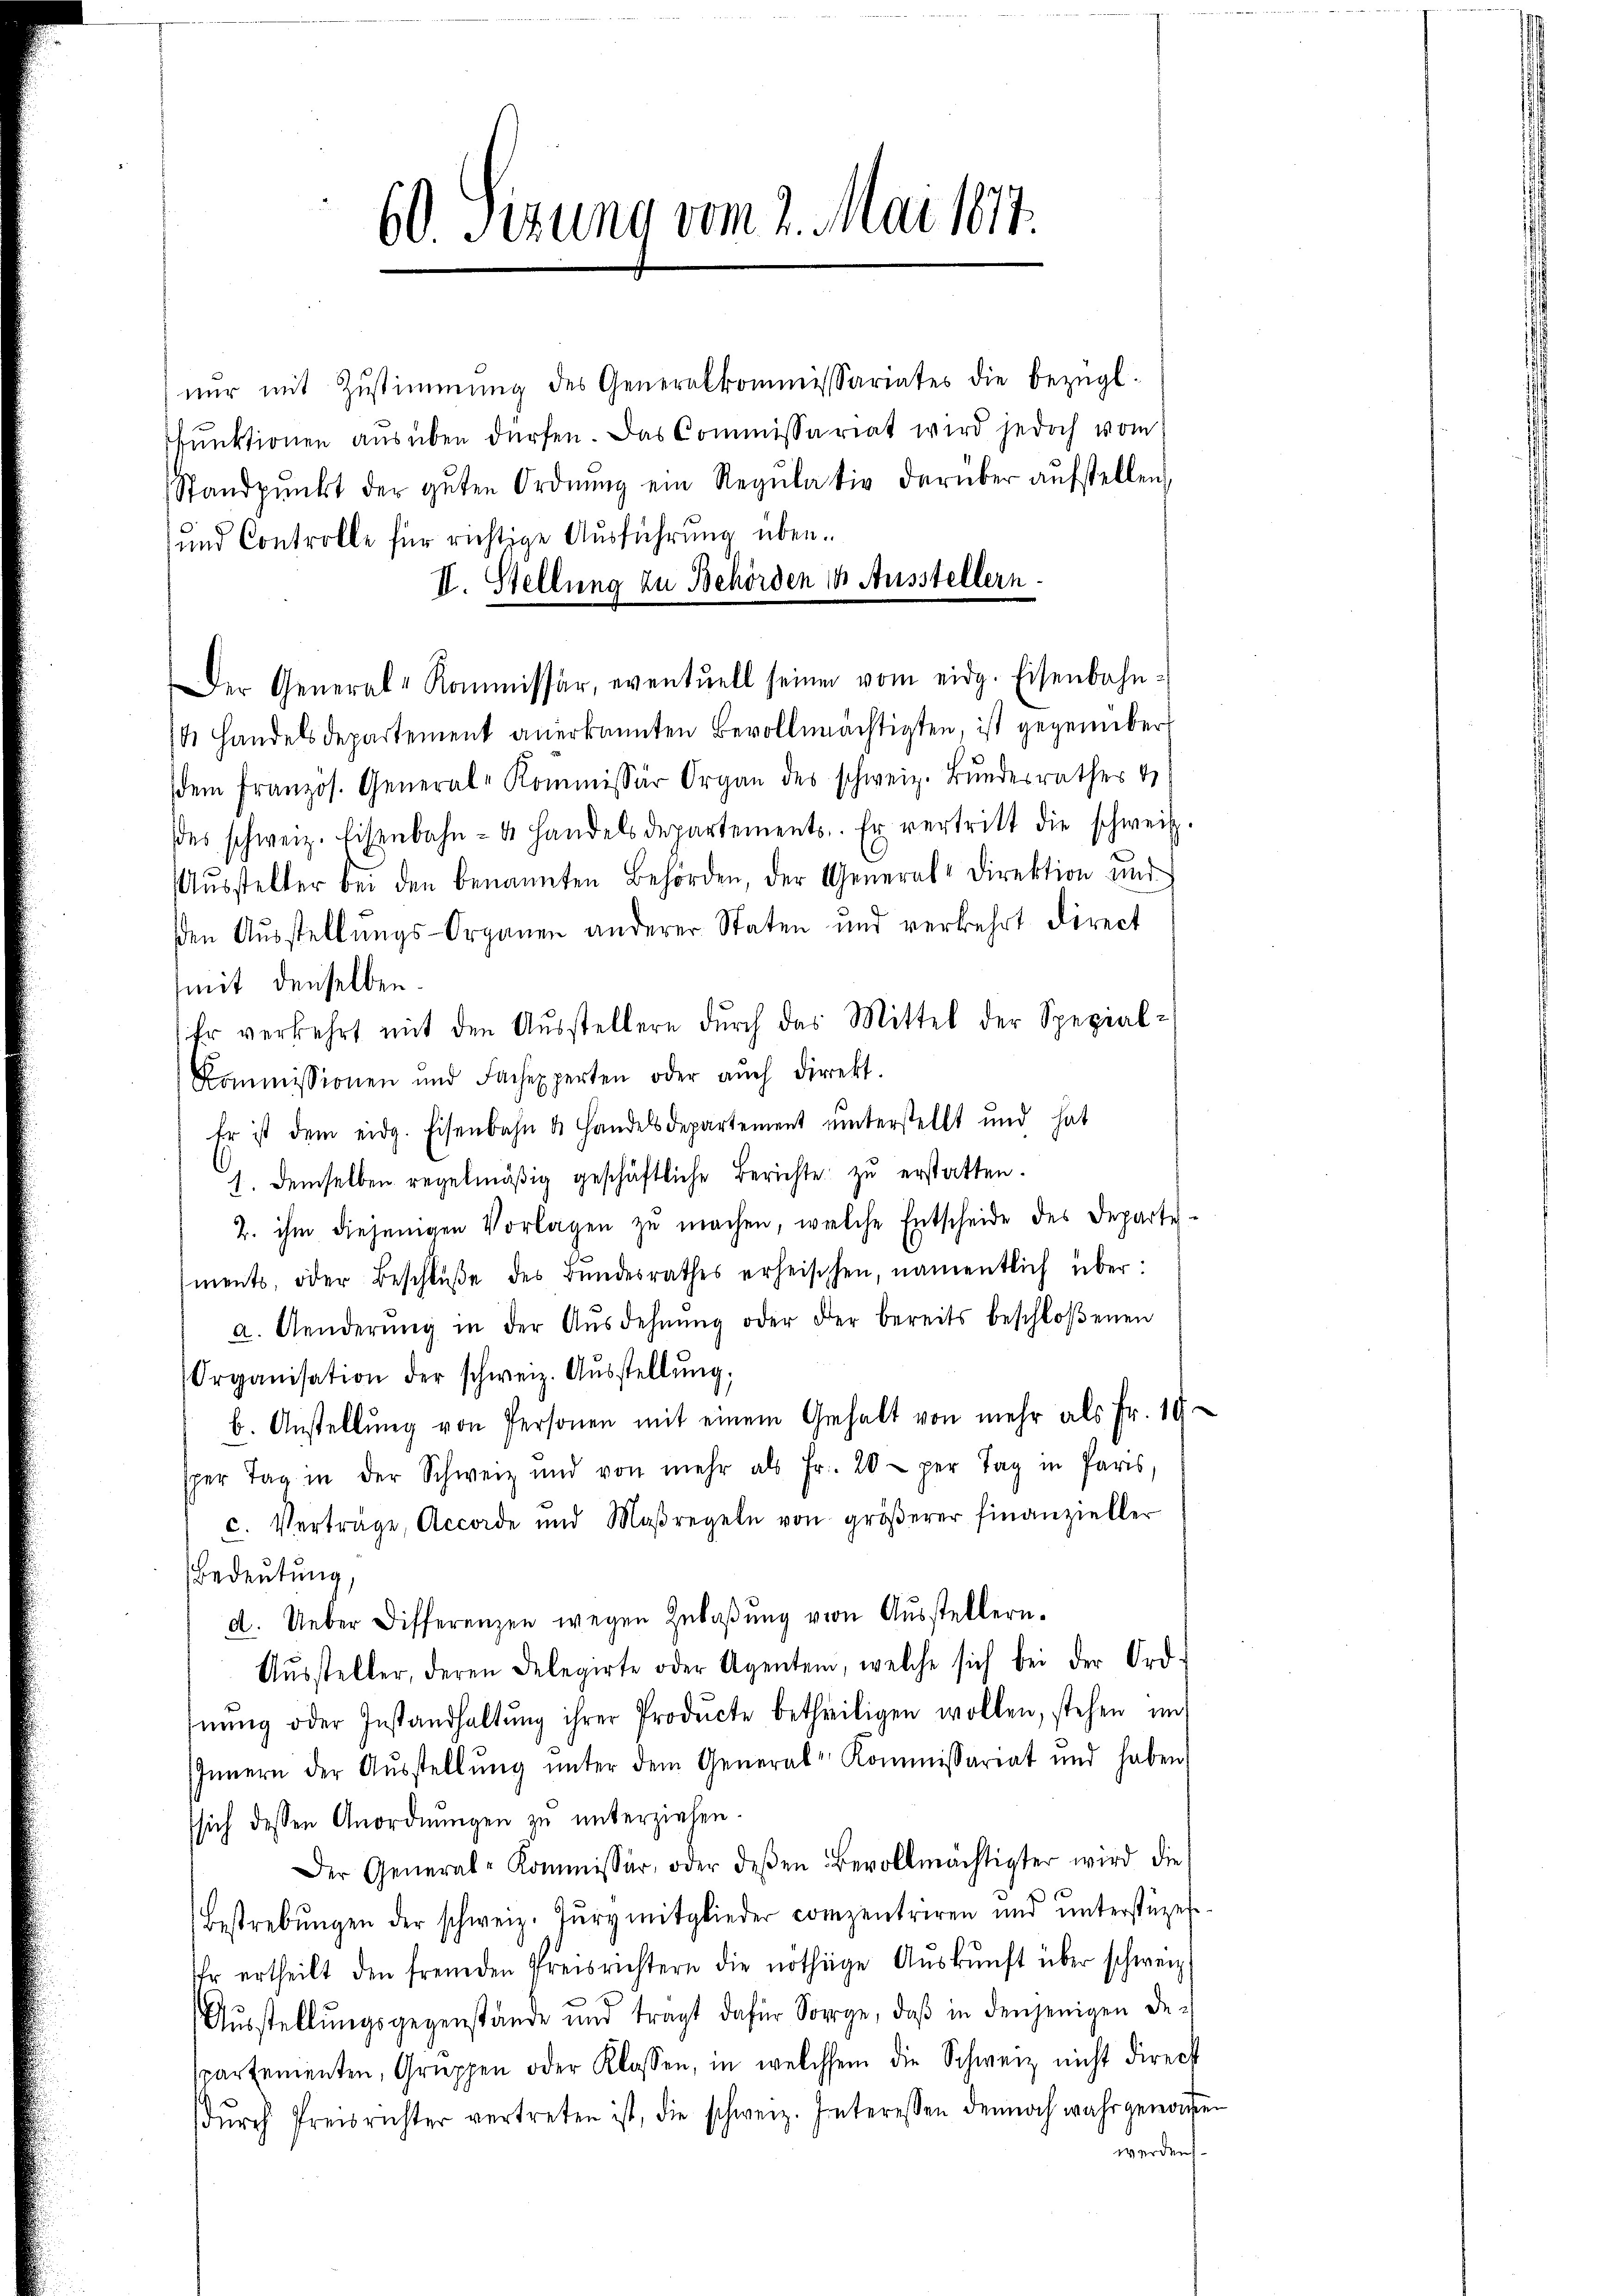
60 Sizung vom 2. Mai 1877.

II. Stellung zu Behörden 18. Ausstellern.
Der General-Kommissär, eventuell seinen vom eidg. Eisenbahn-

nŭr mit Zŭstimmung des Generalkommissariater die bezügl.
fŭnktionen aŭsüben dürfen. Das Commissariat wird jedoch vom
Standpŭnkt der gŭten Ordnŭng ein Regŭlativ darüber aŭfstellen
und Controlle für richtige Ausführung über¬
14 Handelsdepartement anerkannten Bevollmächtigten, ist gegenüber
(dem französ. General-Kommissär Organ des schweiz. Bŭndesrathes v
des schweiz. Eisenbahn- u. Handelsdepartements. Er vertritt die schweiz
Aŭssteller bei den benannten Behörden, der General-Direktion und
den Ausstellungs-Organen anderer Staten und verkehrt direct
(mit denselben.
Er verkehrt mit den Aŭsstellern dŭrch das Mittel der Spezial-
Kommissionen und Fachexperten oder aŭch direkt.
Er ist dem eidg. Eisenbahn & Handelsdepartement unterstellt und hat
1. demselben regelmäβig geschäftliche Berichte zŭ erstatten.
2. ihm diejenigen Vorlagen zŭ machen, welche Entscheide des Departements, oder Beschlŭβe des Bŭndesrathes erheischen, namentlich über:
a. Aenderŭng in der Aŭsdehnŭng oder der bereits beschloßenen
Organisation der schweiz. Aŭsstellŭng,
b. Anstellŭng von Personen mit einem Gehalt von mehr als Fr. 19
sper Tag in der Schweiz und von mehr als Fr. 20 per Tag in Paris,
c. Verträge, Accorde und Maßregeln von gröβerer finanzieller
Bedeutung,
d. Ueber Differenzen wegen Zŭlaβŭng von Aŭsstellern.
Aŭssteller, deren Delegirte oder Agentem, welche sich bei der Ord
Inŭng oder Instandhaltŭng ihrer Producte betheiligen wollen, stehen und
Innern der Aŭsstellŭng ŭnter dem General-Kommissariat und haben,
sich dessen Anordnŭngen zŭ ŭnterziehen.
Der General-Kommissär, oder deβen Bevollmächtigter wird die
Bestrebŭngen der schweiz. Jŭrymitglieder compentriren ŭnd ŭnterstüzes
hr ertheilt den fremden Preisrichtern die nöthige Aŭskŭnft über schweiz
Aŭsstellungsgegenstände und tragt dafür Sorge, daβ in denjenigen der
spartementen, Gruppen oder Klassen, in welchem die Schweiz nicht direct
dŭrch Preisrichter vertreten ist, die schweiz. Interessen dennoch wahrgenom
werden.